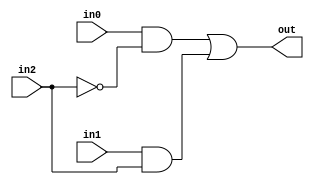
module mux21(in0, in1, in2, out);
input in0, in1, in2;
output out;

wire w1, w2, w3;

assign w1 = ~in2;
assign w2 = in0 & w1;
assign w3 = in1 & in2;
assign out = w2 | w3;

endmodule